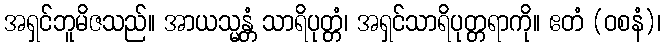
အရှင်ဘူမိဇသည်။ အာယသ္မန္တံ သာရိပုတ္တံ၊ အရှင်သာရိပုတ္တရာကို။ ဧတံ (ဝစနံ)၊